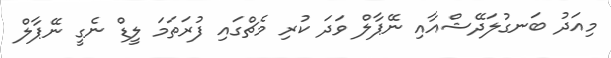
މިއަދު ބަނގުލަދޭޝްއާއި ނޭޕާލް ވަދަ ކުރި މެޗްގައި ފުރަތަމަ ލީޑް ނެގީ ނޭޕާލް